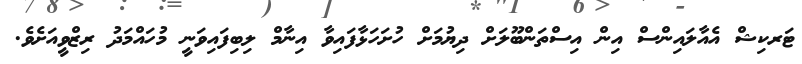
ޓަރކިޝް އެއާލައިންސް އިން އިސްތަންބޫލަށް ދިޔުމަށް ހުށަހަޅާފައިވާ އިނާމް ލިބިފައިވަނީ މުހައްމަދު ރިޒްވީއަށެވެ.